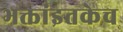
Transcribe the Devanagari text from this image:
भक्तांइतकेच